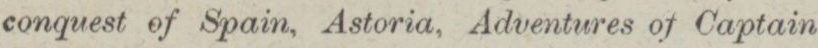
conquest of Spain, Astoria, Adventures of Captain